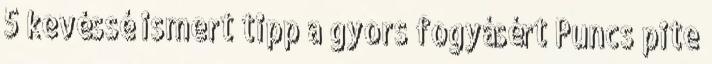
5 kevéssé ismert tipp a gyors fogyásért Puncs pite